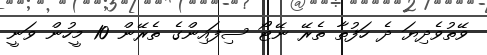
ވޭތުވެދިޔަ ދެ ހަފުތާ ތެރޭ ނޭޓޯ ސިފައިންގެ ތެރޭން 10 މީހުން ވަނީ